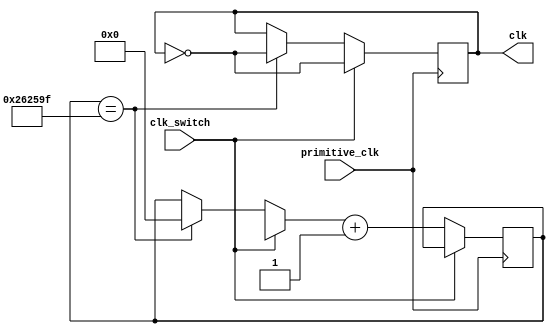
module frequency_switch(primitive_clk, clk, clk_switch);
input primitive_clk;
input clk_switch;
output reg clk = 0;
parameter p1=5000000;
// parameter p2=100;
reg[32:0] counter_M=0;
// reg[32:0] counter_N=0;
always @(posedge primitive_clk)  
begin  
    if(clk_switch==0)
    begin
        if(counter_M==(p1/2-1))
        begin
            counter_M = 0;
            clk = ~clk;
        end                  
        counter_M= counter_M + 1;
    end
    else
    begin
        // if(counter_N==(p2/2-1))
        // begin
        //     counter_N = 0;
            clk = ~clk;
        // end                  
        // counter_N= counter_N + 1;
    end
end 
endmodule